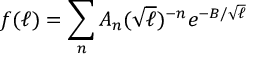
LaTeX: f ( \ell ) = \sum _ { n } A _ { n } ( \sqrt { \ell } ) ^ { - n } e ^ { - B / \sqrt { \ell } }